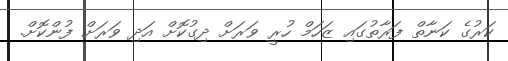
ކަރުގެ ކަނާތް ފަރާތުގައި ޒަހަމް ހުރީ ވަރަށް ދިގުކޮށް އަދި ވަރަށް ފުންކޮށް.